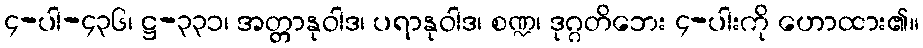
၄-ပါ-၄၃၆၊ ဋ္ဌ-၃၃၁၊ အတ္တာနုဝါဒ၊ ပရာနုဝါဒ၊ စဏ္ဍ၊ ဒုဂ္ဂတိဘေး ၄-ပါးကို ဟောထား၏။